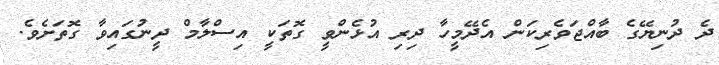
ދެ ދުނިޔޭގެ ބާއްޖަވެރިކަން އެދޭމީހާ ދިރި އުޅެންވީ ގޮތަކީ އިސްލާމް ދީނުގައިވާ ގޮތަށެވެ.